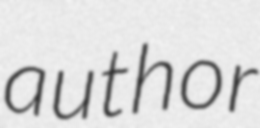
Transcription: author